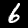
Digit: 6